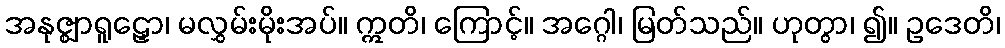
အနုဇ္ဈာရူဠှော၊ မလွှမ်းမိုးအပ်။ ဣတိ၊ ကြောင့်။ အဂ္ဂေါ၊ မြတ်သည်။ ဟုတွာ၊ ၍။ ဥဒေတိ၊